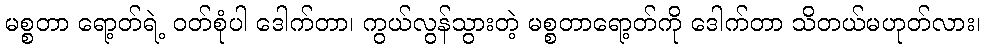
မစ္စတာ ရော့တ်ရဲ့ ဝတ်စုံပါ ဒေါက်တာ၊ ကွယ်လွန်သွားတဲ့ မစ္စတာရော့တ်ကို ဒေါက်တာ သိတယ်မဟုတ်လား၊